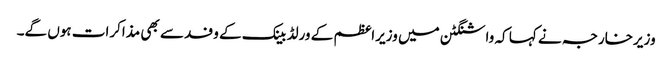
وزیرخارجہ نے کہا کہ واشنگٹن میں وزیراعظم کے ورلڈ بینک کے وفد سے بھی مذاکرات ہوں گے۔